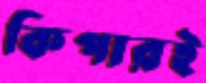
কিপারই